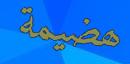
ھضيمة